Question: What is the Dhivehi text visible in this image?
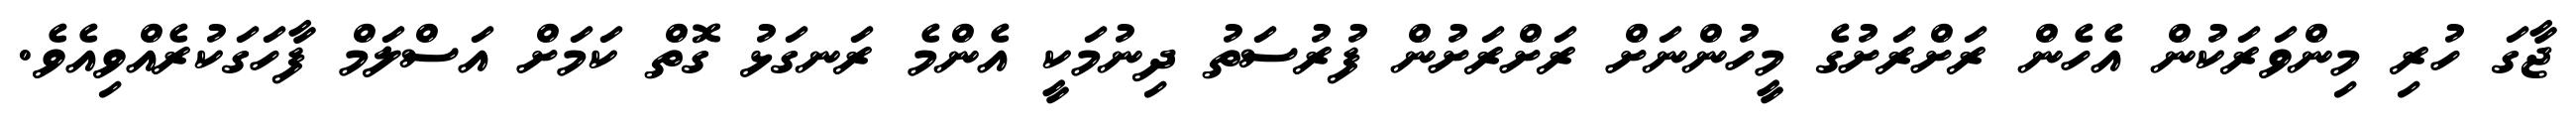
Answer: ޖާގަ ހުރި މިންވަރަކުން އެހެން ރަށްރަށުގެ މީހުންނަށް ރަށްރަށުން ފުރުސަތު ދިނުމަކީ އެންމެ ރަނގަޅު ގޮތް ކަމަށް އަސްލަމް ފާހަގަކުރެއްވިއެވެ.